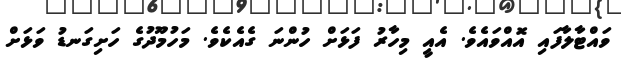
ވައްޓާލާފައި އޮއްވައެވެ. އެއީ މިހާރު ފަޅަށް ހުންނަ ގެއެކެވެ. މަހުމޫދުގެ ހަށިގަނޑު ވަޅަށް